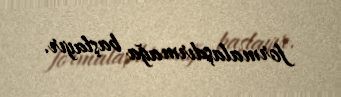
formalaşdırmağa başlayır.